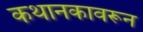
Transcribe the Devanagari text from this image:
कथानकावरून